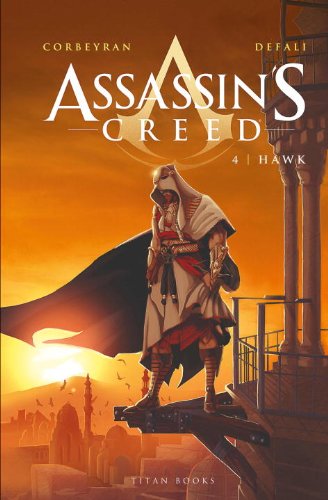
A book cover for Assassin's Creed - Hawk; Eric Corbeyran; Comics & Graphic Novels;